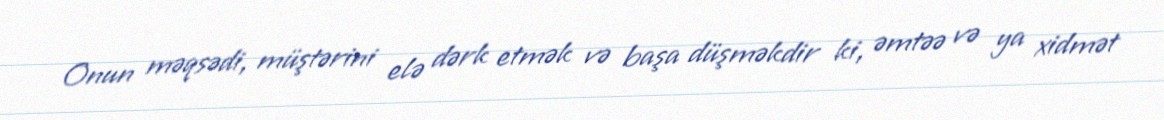
Onun məqsədi, müştərini elə dərk etmək və başa düşməkdir ki, əmtəə və ya xidmət